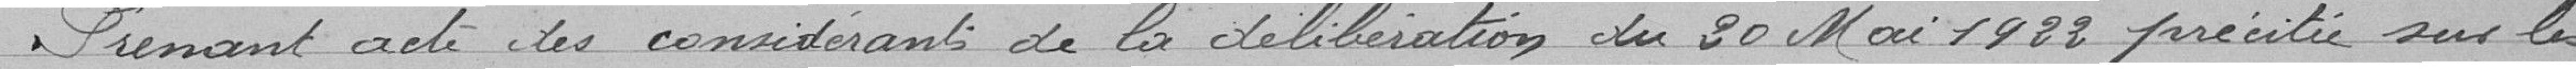
Prenant acte des considérants de la délibération du 20 Mai 1922 précitée sur le